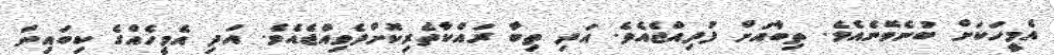
އެމީހަކަށް ބުނެވޭނެއެވެ. ތިބާއަށް ފުދިއްޖެއެވެ. އަދި ތިބާ ރައްކާތެރިކޮށްދެވިއްޖެއެވެ. އަދި އެމީހެއްގެ ކިބައިން